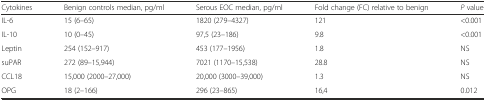
| Cytokines | Benign controls median, pg/ml | Serous EOC median, pg/ml | Fold change (FC) relative to benign | P value |
 | --- | --- | --- | --- | --- |
 | IL-6 | 15 (6–65) | 1820 (279–4327) | 121 | <0.001 |
 | IL-10 | 10 (0–45) | 97,5 (23–186) | 9.8 | <0.001 |
 | Leptin | 254 (152–917) | 453 (177–1956) | 1.8 | NS |
 | suPAR | 272 (89–15,944) | 7021 (1170–15,538) | 28.8 | NS |
 | CCL18 | 15,000 (2000–27,000) | 20,000 (3000–39,000) | 1.3 | NS |
 | OPG | 18 (2–166) | 296 (23–865) | 16,4 | 0.012 |